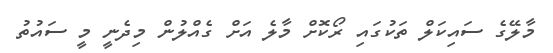
މާލޭގެ ސައިކަލް ތަކުގައި ރޯކޮށް މާލެ އަށް ގެއްލުން މިދެނީ މީ ސައުތު